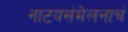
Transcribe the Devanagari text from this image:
नाटयसंमेलनाचं